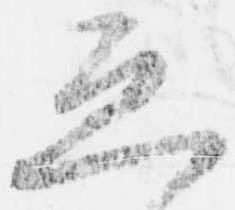
恐